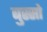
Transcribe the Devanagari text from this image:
बुस्सो